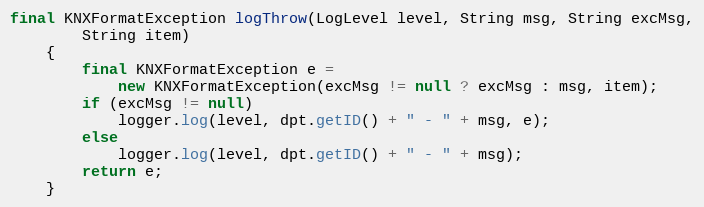
Language: Java
final KNXFormatException logThrow(LogLevel level, String msg, String excMsg,
		String item)
	{
		final KNXFormatException e =
			new KNXFormatException(excMsg != null ? excMsg : msg, item);
		if (excMsg != null)
			logger.log(level, dpt.getID() + " - " + msg, e);
		else
			logger.log(level, dpt.getID() + " - " + msg);
		return e;
	}